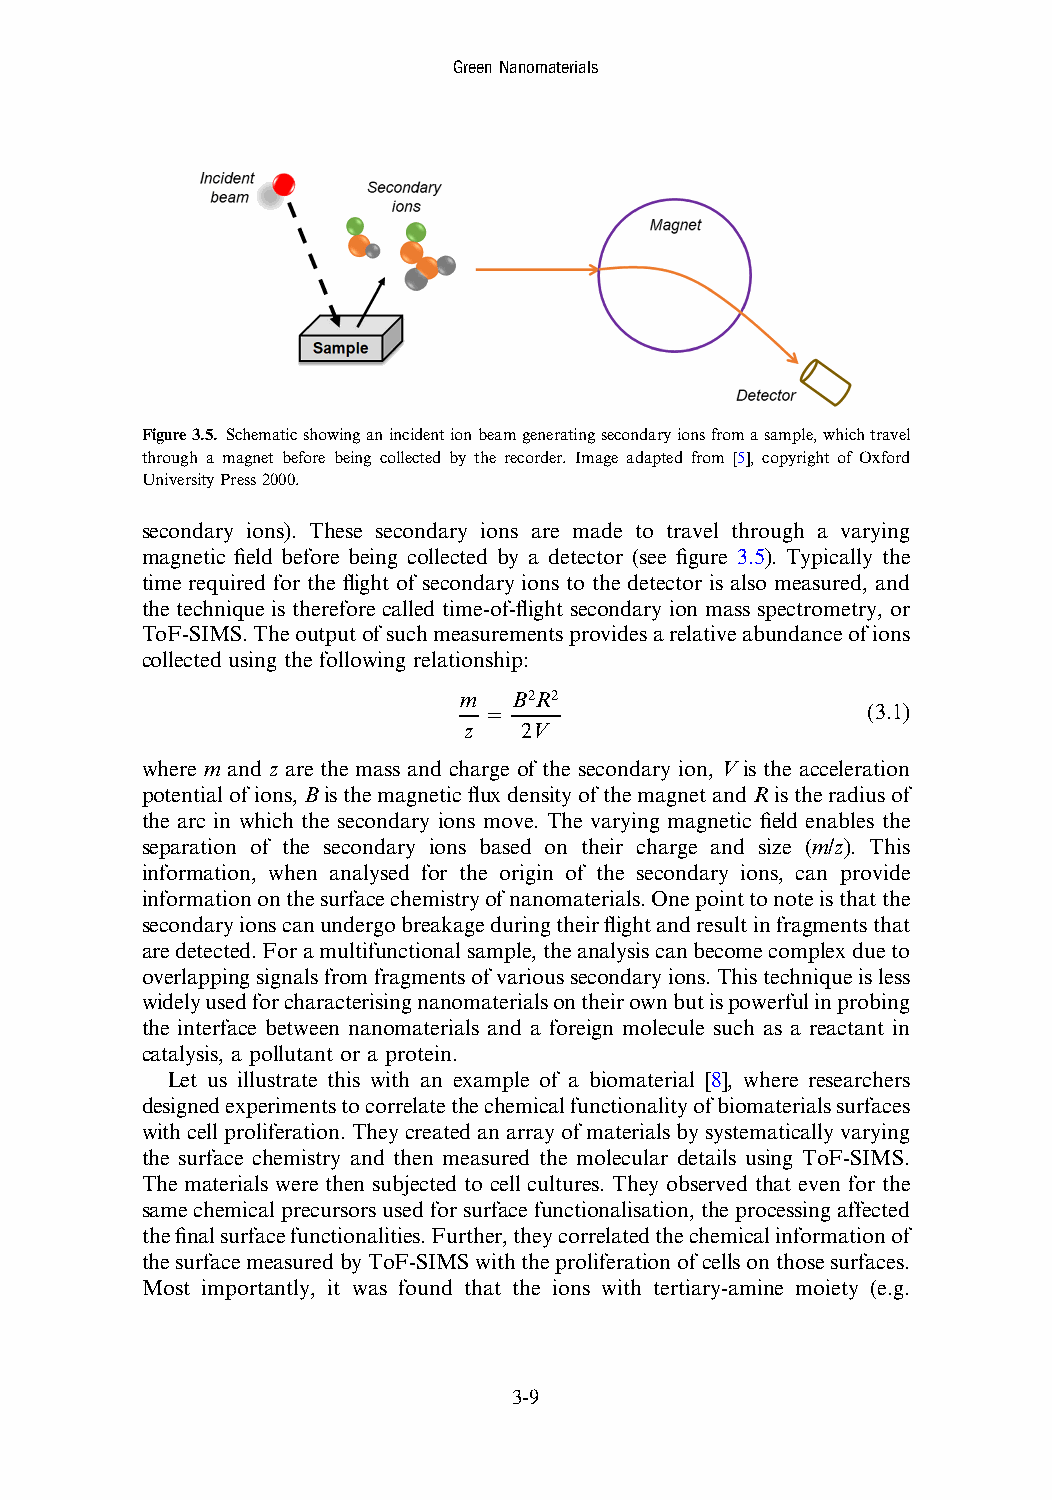
GreenNanomaterials
 Figure3.5. Schematicshowinganincidentionbeamgeneratingsecondaryionsfromasample,whichtravel
 through a magnet before being collected by the recorder. Image adapted from [5], copyright of Oxford
 UniversityPress2000.
 secondary ions). These secondary ions are made to travel through a varying
 magnetic field before being collected by a detector (see figure 3.5). Typically the
 time required for the flight of secondary ions to the detector is also measured, and
 the technique is therefore called time-of-flight secondary ion mass spectrometry, or
 ToF-SIMS.Theoutputofsuchmeasurementsprovidesarelativeabundanceofions
 collected using the following relationship:
 m   B2R2
 =                        (3.1)
 z  2V
 where m and z are the mass and charge of the secondary ion, V is the acceleration
 potentialofions,BisthemagneticfluxdensityofthemagnetandRistheradiusof
 the arc in which the secondary ions move. The varying magnetic field enables the
 separation of the secondary ions based on their charge and size (m/z). This
 information, when analysed for the origin of the secondary ions, can provide
 informationonthesurfacechemistryofnanomaterials.Onepointtonoteisthatthe
 secondaryionscanundergobreakageduringtheirflightandresultinfragmentsthat
 aredetected.Foramultifunctionalsample,theanalysiscanbecomecomplexdueto
 overlappingsignalsfromfragmentsofvarioussecondaryions.Thistechniqueisless
 widelyusedforcharacterisingnanomaterialsontheirownbutispowerfulinprobing
 the interface between nanomaterials and a foreign molecule such as a reactant in
 catalysis, a pollutant or a protein.
 Let us illustrate this with an example of a biomaterial [8], where researchers
 designedexperimentstocorrelatethechemicalfunctionalityofbiomaterialssurfaces
 withcellproliferation.Theycreatedanarrayofmaterialsbysystematicallyvarying
 the surface chemistry and then measured the molecular details using ToF-SIMS.
 The materials were then subjected to cell cultures. They observed that even for the
 samechemicalprecursorsusedforsurfacefunctionalisation,theprocessingaffected
 thefinalsurfacefunctionalities.Further,theycorrelatedthechemicalinformationof
 thesurfacemeasuredbyToF-SIMSwiththeproliferationofcellsonthosesurfaces.
 Most importantly, it was found that the ions with tertiary-amine moiety (e.g.
 3-9